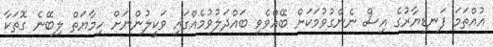
އުއްތަމަ ފަނޑިޔާރުގެ އިސް ނެންގުވުމަކަށް ބޭއްވެވި ބައްދަލުވުމެއްގައި ވަކީލުންނަށް ހިމާޔަތް ލިބޭނެ ގޮތަކާ